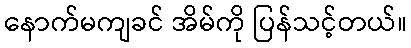
နောက်မကျခင် အိမ်ကို ပြန်သင့်တယ်။